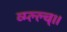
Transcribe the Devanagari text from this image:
व्म्ल्ल्च्।।